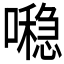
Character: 𪢖